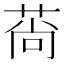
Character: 𦰱